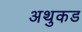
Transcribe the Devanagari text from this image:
अथुकड